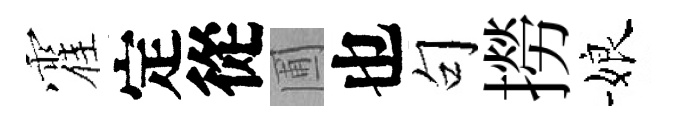
霍定從圃也句撈娘